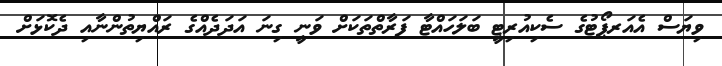
ވިޔަސް އެއަރޕޯޓުގެ ސެކިއުރިޓީ ބަލަހައްޓާ ފަރާތްތަކަށް ވަނީ ގިނަ އަދަދެއްގެ ރައްޔިތުންނާއި ދެކޮޅަށް